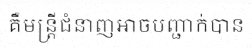
គឺមន្ត្រីជំនាញអាចបញ្ជាក់បាន